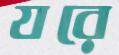
যরে